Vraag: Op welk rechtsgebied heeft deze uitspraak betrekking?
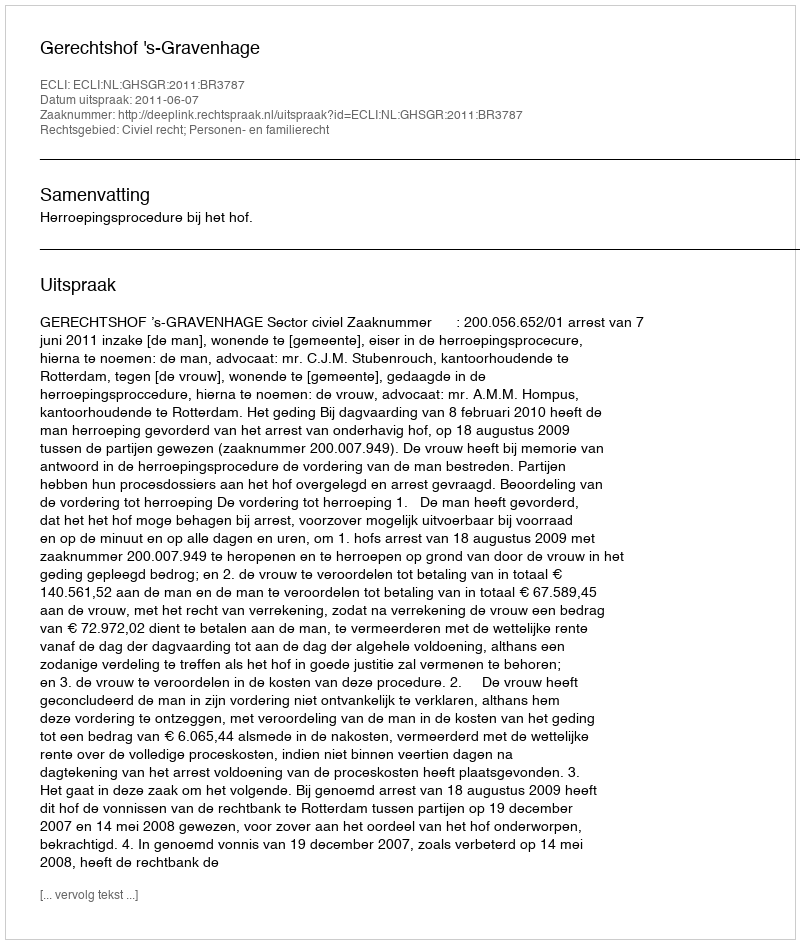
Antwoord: Civiel recht; Personen- en familierecht